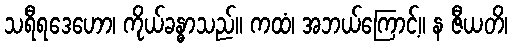
သရီရဒေဟော၊ ကိုယ်ခန္ဓာသည်။ ကထံ၊ အဘယ်ကြောင့်။ န ဇီယတိ၊